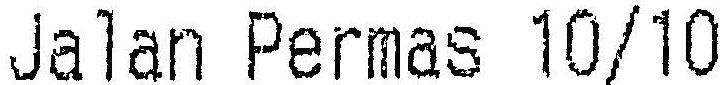
JALAN PERMAS 10/10